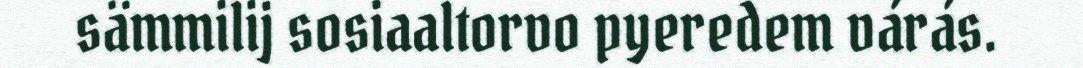
sämmilij sosiaaltorvo pyeredem várás.